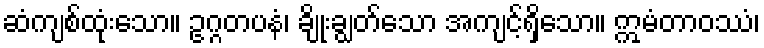
ဆံကျစ်ထုံးသော။ ဥဂ္ဂတပနံ၊ ချိုးချွတ်သော အကျင့်ရှိသော။ ဣမံတာဝဿံ၊